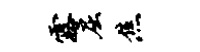
露屈焦